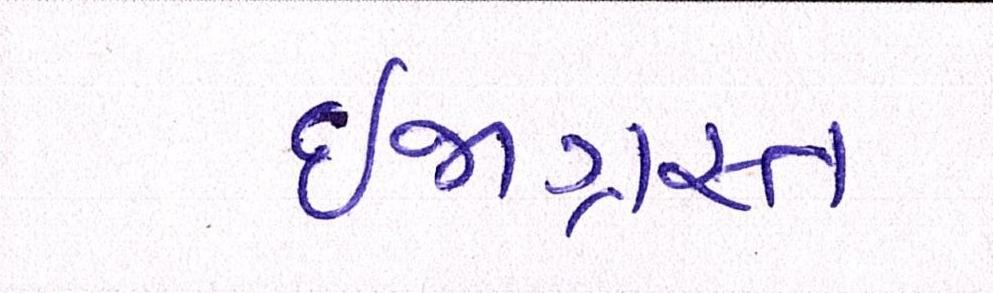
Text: ઈજાગ્રસ્ત